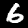
Label: 6